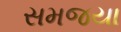
સમજયા